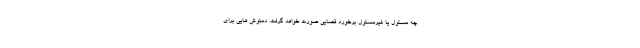
چه مسئول یا غیرمسئول برخورد قضایی صورت خواهد گرفت. دمنوش هایی برای